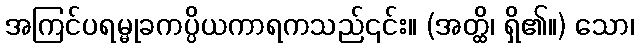
အကြင်ပရမ္မုခကပ္ပိယကာရကသည်၎င်း။ (အတ္ထိ၊ ရှိ၏။) သော၊